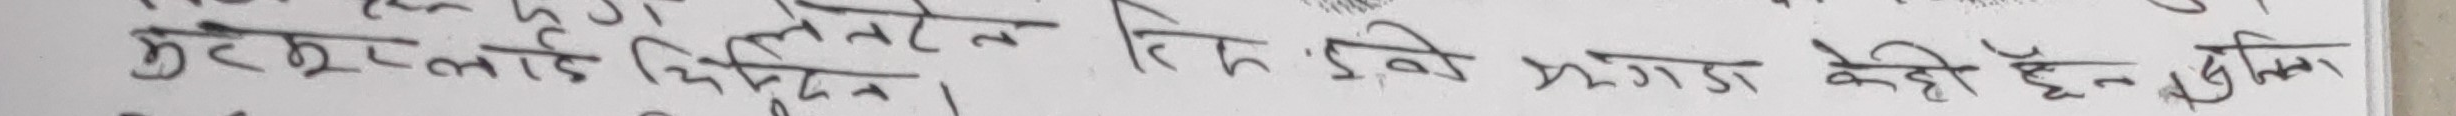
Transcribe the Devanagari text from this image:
मृतरूपले चिहानको तिर्सना, झगडा कहीँ हैन डोलिको